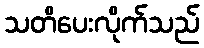
သတိပေးလိုက်သည်